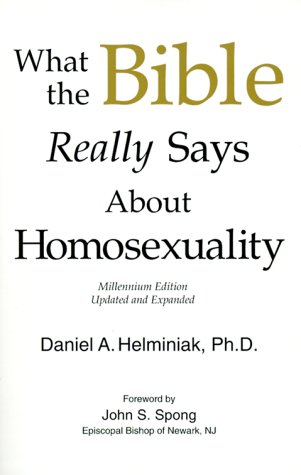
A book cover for What the Bible Really Says about Homosexuality; Daniel A. Helminiak; Gay & Lesbian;